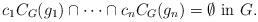
LaTeX: \begin{align*}c_1 C_G(g_1) \cap \dots \cap c_n C_G(g_n) = \emptyset \mbox{ in }G.\end{align*}